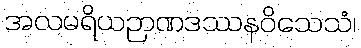
အလမရိယဉာဏဒဿနဝိသေသံ၊